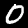
Digit: 0